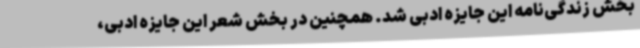
بخش زندگی‌نامه این جایزه ادبی شد. همچنین در بخش شعر این جایزه ادبی،